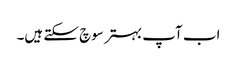
اب آپ بہتر سوچ سکتے ہیں۔